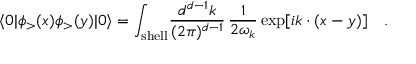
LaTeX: \langle 0 | \phi _ { > } ( x ) \phi _ { > } ( y ) | 0 \rangle = \int _ { \mathrm { s h e l l } } \! { \frac { d ^ { d - 1 } k } { ( 2 \pi ) ^ { d - 1 } } } \, { \frac { 1 } { 2 \omega _ { k } } } \exp [ i k \cdot ( x - y ) ] \quad .